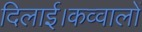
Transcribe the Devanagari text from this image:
दिलाई।कव्वालों